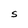
Character: S